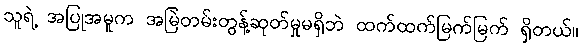
သူရဲ့ အပြုအမူက အမြဲတမ်းတွန့်ဆုတ်မှုမရှိဘဲ ထက်ထက်မြက်မြက် ရှိတယ်။